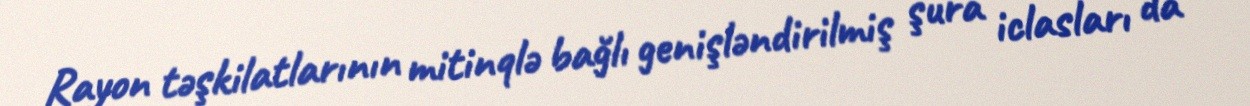
Rayon təşkilatlarının mitinqlə bağlı genişləndirilmiş şura iclasları da